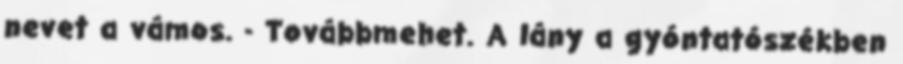
nevet a vámos. - Továbbmehet. A lány a gyóntatószékben